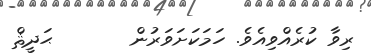
ރިވާ ކުރެއްވިއެވެ. ހަމަކަށަވަރުން       ޙަދީޘް